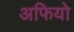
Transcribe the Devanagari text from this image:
अफियो